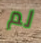
لم